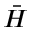
\bar { H }